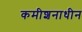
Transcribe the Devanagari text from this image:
कमीशनाधीन